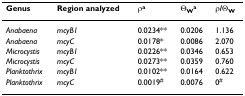
| Genus | Region analyzed | ρa | ΘWa | ρ/ΘW |
 | --- | --- | --- | --- | --- |
 | Anabaena | mcyB1 | 0.0234** | 0.0206 | 1.136 |
 | Anabaena | mcyC | 0.0178* | 0.0086 | 2.070 |
 | Microcystis | mcyB1 | 0.0226** | 0.0346 | 0.653 |
 | Microcystis | mcyC | 0.0273** | 0.0359 | 0.760 |
 | Planktothrix | mcyB1 | 0.0102** | 0.0164 | 0.622 |
 | Planktothrix | mcyC | 0.0019# | 0.0076 | 0# |